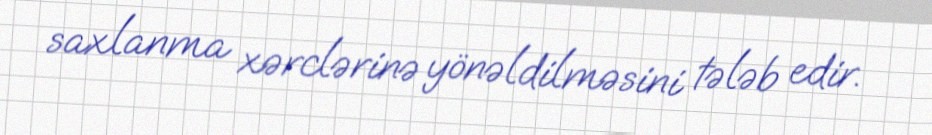
saxlanma xərclərinə yönəldilməsini tələb edir.